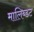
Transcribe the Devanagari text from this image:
मालिब्डट